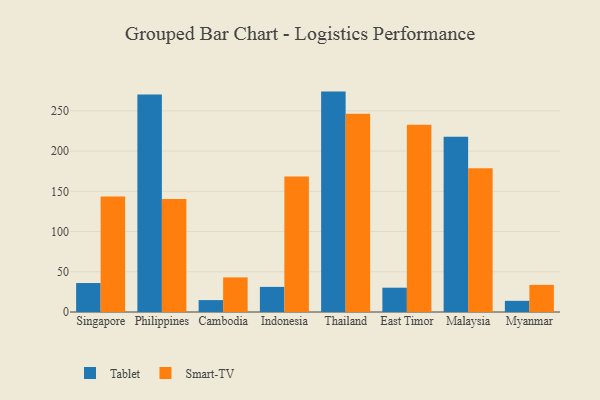
{"axis": {"x": "Country", "y": "Inventory Turnover"}, "legend": ["Smart-TV", "Tablet"], "data": [{"x": "Singapore", "y": 36.0, "type": "Tablet"}, {"x": "Singapore", "y": 143.5, "type": "Smart-TV"}, {"x": "Philippines", "y": 270.3, "type": "Tablet"}, {"x": "Philippines", "y": 140.3, "type": "Smart-TV"}, {"x": "Cambodia", "y": 14.8, "type": "Tablet"}, {"x": "Cambodia", "y": 43.0, "type": "Smart-TV"}, {"x": "Indonesia", "y": 31.2, "type": "Tablet"}, {"x": "Indonesia", "y": 168.5, "type": "Smart-TV"}, {"x": "Thailand", "y": 273.9, "type": "Tablet"}, {"x": "Thailand", "y": 246.3, "type": "Smart-TV"}, {"x": "East Timor", "y": 30.2, "type": "Tablet"}, {"x": "East Timor", "y": 232.7, "type": "Smart-TV"}, {"x": "Malaysia", "y": 217.8, "type": "Tablet"}, {"x": "Malaysia", "y": 178.6, "type": "Smart-TV"}, {"x": "Myanmar", "y": 13.9, "type": "Tablet"}, {"x": "Myanmar", "y": 33.7, "type": "Smart-TV"}]}